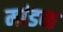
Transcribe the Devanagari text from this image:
मांडव्ठ